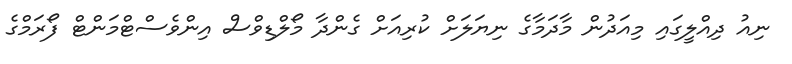
ނިއު ދިއްލީގައި މިއަދުން މާދަމާގެ ނިޔަލަށް ކުރިއަށް ގެންދާ މޯލްޑިވްސް އިންވެސްޓްމަންޓް ފޯރަމްގެ